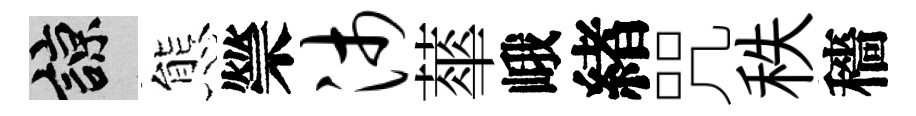
諒態禜沛蕐峨緖咒秩穡